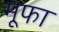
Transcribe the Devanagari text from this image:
मूफा